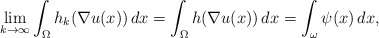
\begin{align*} \lim_{k \to \infty} \int _\Omega h_k(\nabla u(x))\, dx = \int _\Omega h(\nabla u(x))\, dx = \int_{\omega} \psi (x)\, dx,\end{align*}